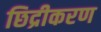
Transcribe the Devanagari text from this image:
छिद्रीकरण